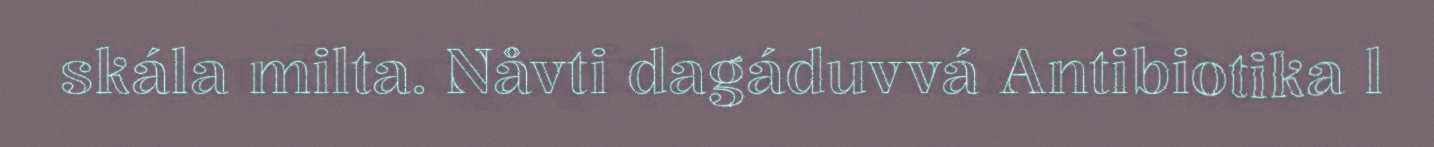
skála milta. Nåvti dagáduvvá Antibiotika l